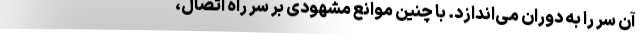
آن سر را به دوران می‌اندازد. با چنین موانع مشهودی بر سر راه اتصال،